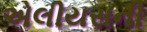
એલીયસની